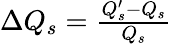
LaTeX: \begin{array}{r}{\Delta Q_{s}=\frac{Q_{s}^{\prime}-Q_{s}}{Q_{s}}}\end{array}